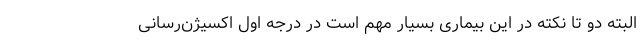
البته دو تا نکته در این بیماری بسیار مهم است در درجه اول اکسیژن‌رسانی